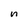
Character: n